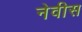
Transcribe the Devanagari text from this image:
नेवीस